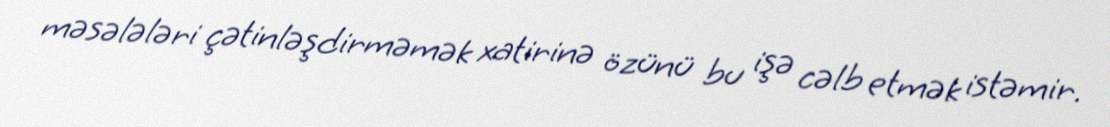
məsələləri çətinləşdirməmək xatirinə özünü bu işə cəlb etmək istəmir.